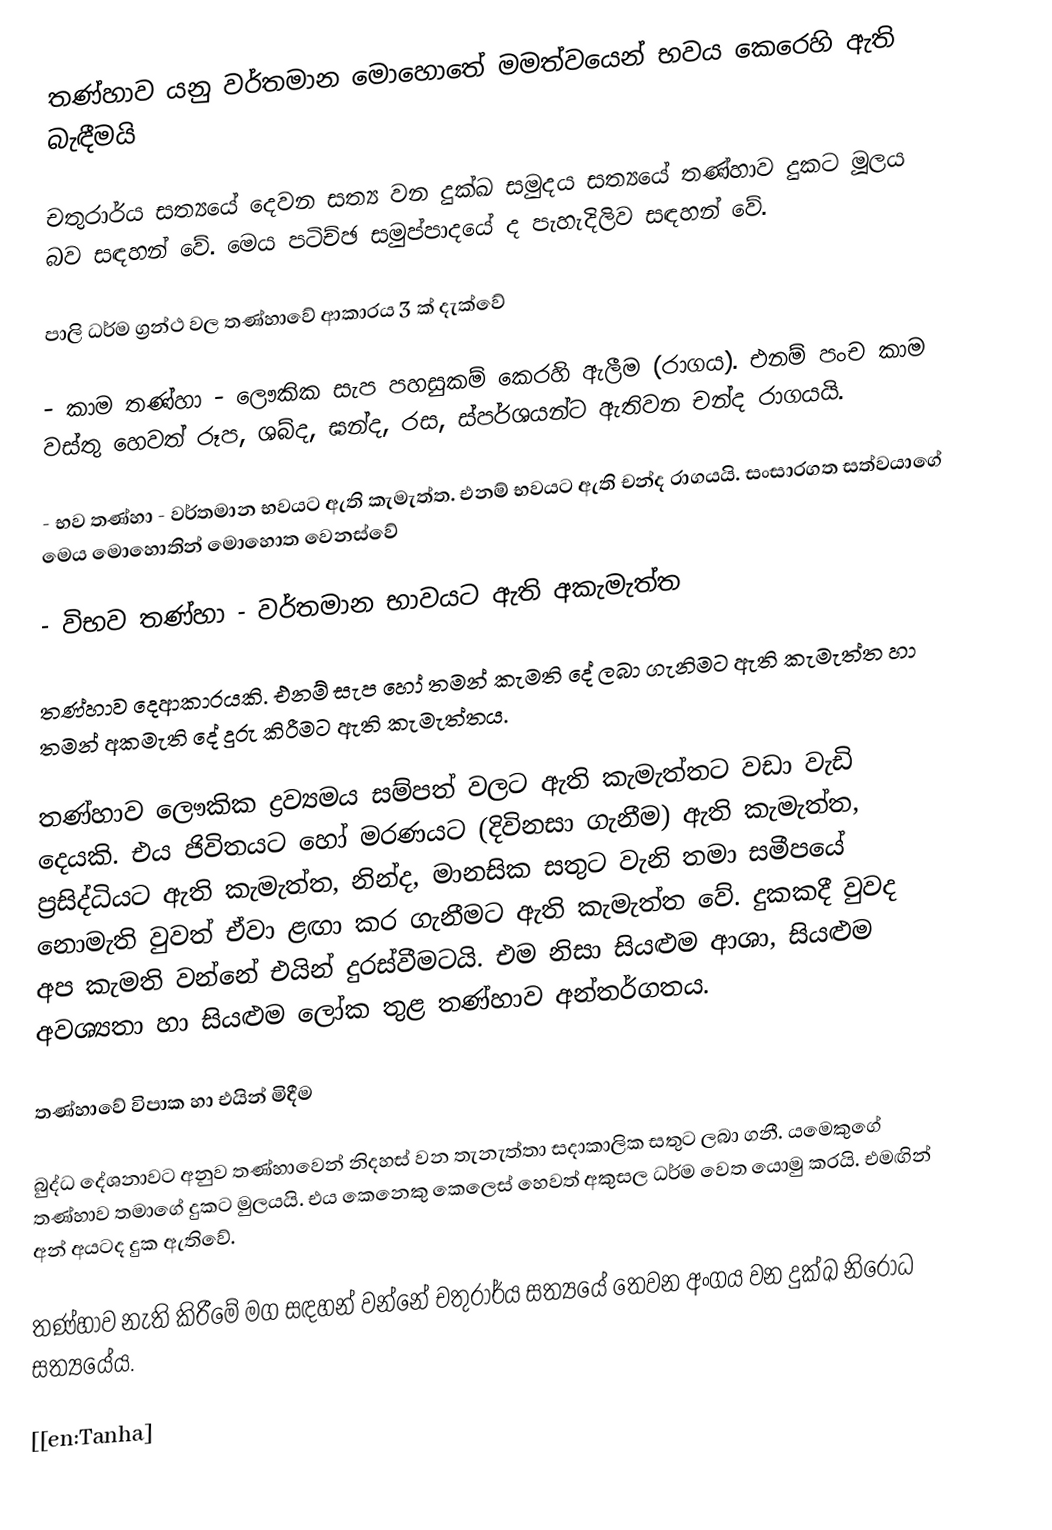
තණ්හාව යනු වර්තමාන මොහොතේ මමත්වයෙන් භවය කෙරෙහි ඇති බැඳීමයි

චතුරාර්ය සත්‍යයේ දෙවන සත්‍ය වන දුක්ඛ සමුදය සත්‍යයේ තණ්හා‍ව දුකට මූලය බව සඳහන් වේ. මෙය පටිච්ඡ සමුප්පාදයේ ද පැහැදිලිව සඳහන් වේ.

පාලි ධර්ම ග්‍රන්ථ වල තණ්හාවේ ආකාරය 3 ක් දැක්වේ

-	කාම තණ්හා - ලෞකික සැප පහසුකම් කෙරහි ඇලීම (රාගය). එනම් පංච කාම වස්තු හෙවත් රූප, ශබ්ද, ඝන්ද, රස, ස්පර්ශයන්ට ඇතිවන චන්ද රාගයයි.

-	භව තණ්හා - වර්තමාන භවයට ඇති කැමැත්ත. එනම් භවයට ඇති චන්ද රාගයයි. සංසාරගත සත්වයාගේ මෙය මොහොතින් මොහොත වෙනස්වේ

-	විභව තණ්හා - වර්තමාන භාවයට ඇති අකැමැත්ත

තණ්හාව දෙආකාරයකි. එනම් සැප‍ හෝ තමන් කැමති දේ ලබා ගැනිමට ඇති කැමැත්ත හා තමන් අකමැති දේ දුරු කිරීමට ඇති කැමැත්තය.

තණ්හාව ලෞකික ද්‍රව්‍යමය සම්පත් වලට ඇති කැමැත්තට වඩා වැඩි දෙයකි. එය ජිවිතයට හෝ මරණයට (දිවිනසා ගැනීම) ඇති කැමැත්ත, ප්‍රසිද්ධියට ඇති කැමැත්ත, නින්ද, මානසික සතුට වැනි තමා සමීපයේ නොමැති වුවත් ඒවා ළඟා කර ගැනීමට ඇති කැමැත්ත වේ. දුකකදී වුවද අප කැමති වන්නේ එයින් දුරස්වීමටයි. එම නිසා සියළුම ආශා, සියළුම අවශ්‍යතා හා සියළුම ලෝක තුළ තණ්හාව අන්තර්ගතය.

තණ්හා‍වේ විපාක හා එයින් මිදීම

බුද්ධ දේශනාවට අනුව තණ්හාවෙන් නිදහස් වන තැනැත්තා සදාකාලික සතුට ලබා ගනී. යමෙකුගේ තණ්හාව තමාගේ දුකට මුලයයි. එය කෙනෙකු කෙ‍ලෙස් හෙවත් අකුසල ධර්ම වෙත යොමු කරයි. එමඟින් අන් අයටද දුක ඇතිවේ.

තණ්හාව නැති කිරීමේ මග සඳහන් වන්නේ චතුරාර්ය සත්‍යයේ තෙවන අංගය වන දුක්ඛ නිරෝධ සත්‍යයේය.

[[en:Tanha]